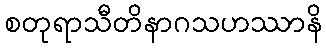
စတုရာသီတိနာဂသဟဿာနိ